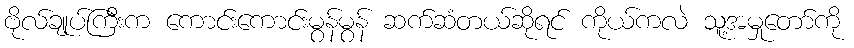
ဗိုလ်ချုပ်ကြီးက ကောင်းကောင်းမွန်မွန် ဆက်ဆံတယ်ဆိုရင် ကိုယ်ကလဲ သူ့အမှုတော်ကို